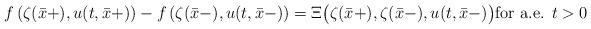
LaTeX: \begin{align*} f\left(\zeta (\bar x+), u(t,\bar x+)\right) - f\left(\zeta (\bar x-), u(t,\bar x-)\right) = \Xi\big(\zeta (\bar x+),\zeta (\bar x-),u(t, \bar x-)\big) \mbox{for a.e. }t>0\end{align*}